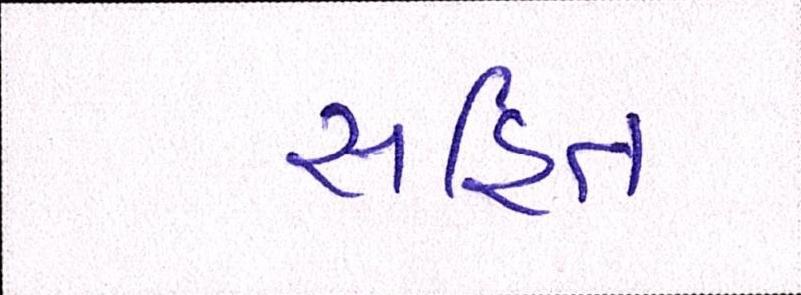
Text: સહિત